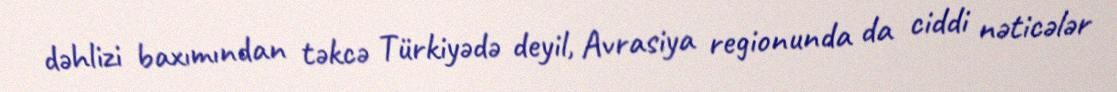
dəhlizi baxımından təkcə Türkiyədə deyil, Avrasiya regionunda da ciddi nəticələr